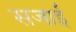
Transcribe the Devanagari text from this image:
सजाईं